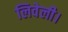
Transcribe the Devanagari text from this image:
लिवेली।